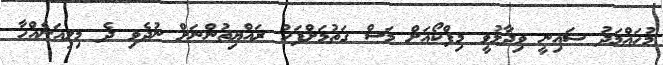
މުހައްމަދު ޝައިނީ ވިދާޅުވީ މިފްކޯއަށް މަސް ގަތުމަށްފަހު ރައްޔިތުންނަށް ނުދެވި ދެ މިލިއަނެއްހާ